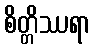
စိတ္တိဿရာ